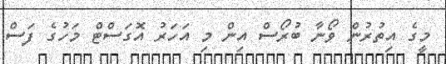
މީގެ އިތުރުން ވޯނާ ބުރޯސް އިން މި އަހަރު އޮގަސްޓް މަހުގެ ފަސް